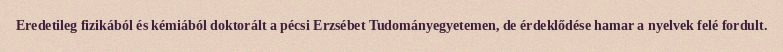
Eredetileg fizikából és kémiából doktorált a pécsi Erzsébet Tudományegyetemen, de érdeklődése hamar a nyelvek felé fordult.